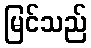
မြင်သည်